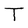
Character: T